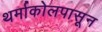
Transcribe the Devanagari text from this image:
थर्माकोलपासून